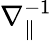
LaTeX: \nabla_{\parallel}^{-1}